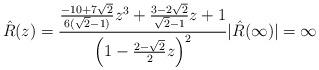
LaTeX: \begin{align*} \hat{R}(z) = \frac{ \frac{-10 + 7 \sqrt{2}}{6(\sqrt{2}-1)} z^3 + \frac{3-2\sqrt{2}}{\sqrt{2}-1} z + 1}{\left(1- \frac{2-\sqrt{2}}{2} z \right)^2} | \hat{R}(\infty) | = \infty\end{align*}